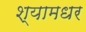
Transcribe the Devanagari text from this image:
श्यामधर